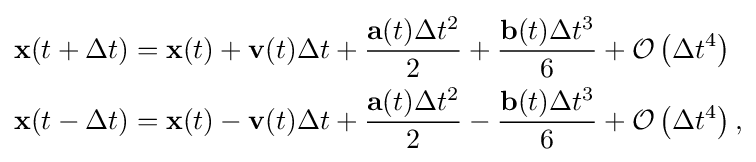
{\begin{aligned}\mathbf {x} (t+\Delta t)&=\mathbf {x} (t)+\mathbf {v} (t)\Delta t+{\frac {\mathbf {a} (t)\Delta t^{2}}{2}}+{\frac {\mathbf {b} (t)\Delta t^{3}}{6}}+{\mathcal {O}}\left(\Delta t^{4}\right)\\\mathbf {x} (t-\Delta t)&=\mathbf {x} (t)-\mathbf {v} (t)\Delta t+{\frac {\mathbf {a} (t)\Delta t^{2}}{2}}-{\frac {\mathbf {b} (t)\Delta t^{3}}{6}}+{\mathcal {O}}\left(\Delta t^{4}\right),\end{aligned}}